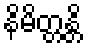
နိမိတ္တန္တိ